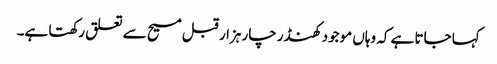
کہا جاتا ہے کہ وہاں موجود کھنڈر چار ہزار قبل مسیح سے تعلق رکھتا ہے۔